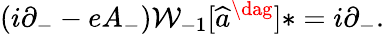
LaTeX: (i\partial_{-}-eA_{-}){\cal W}_{-1}[\widehat{a}^{\dag}]\ast=i\partial_{-}.